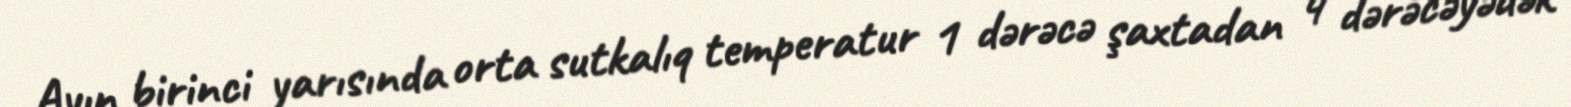
Ayın birinci yarısında orta sutkalıq temperatur 1 dərəcə şaxtadan 4 dərəcəyədək